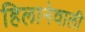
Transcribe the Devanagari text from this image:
हिलानेवाली